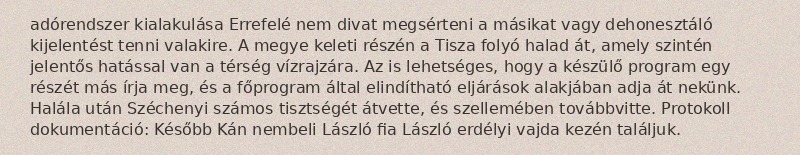
adórendszer kialakulása Errefelé nem divat megsérteni a másikat vagy dehonesztáló kijelentést tenni valakire. A megye keleti részén a Tisza folyó halad át, amely szintén jelentős hatással van a térség vízrajzára. Az is lehetséges, hogy a készülő program egy részét más írja meg, és a főprogram által elindítható eljárások alakjában adja át nekünk. Halála után Széchenyi számos tisztségét átvette, és szellemében továbbvitte. Protokoll dokumentáció: Később Kán nembeli László fia László erdélyi vajda kezén találjuk.